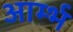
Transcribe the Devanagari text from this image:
आर्म्भ